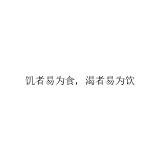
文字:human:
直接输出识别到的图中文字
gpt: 饥者易为食，渴者易为饮